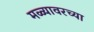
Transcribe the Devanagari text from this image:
मळ्यावरच्या